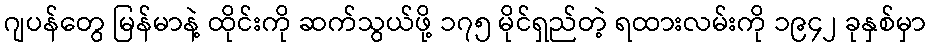
ဂျပန်တွေ မြန်မာနဲ့ ထိုင်းကို ဆက်သွယ်ဖို့ ၁၇၅ မိုင်ရှည်တဲ့ ရထားလမ်းကို ၁၉၄၂ ခုနှစ်မှာ